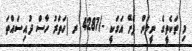
މި ތަކެތީގެ ނީލަން ފެށޭ އަގަކީ -/4287 ރ (ހަތަރު ހާސް ދުއިސައްތަ